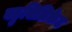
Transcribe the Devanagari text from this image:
बहुसिलिकेट